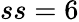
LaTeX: ss=6